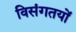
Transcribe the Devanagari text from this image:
विसंगतयों